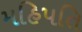
મહિપતિ